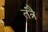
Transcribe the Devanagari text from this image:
तंत्रै